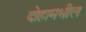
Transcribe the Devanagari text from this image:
दोहामधील